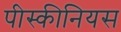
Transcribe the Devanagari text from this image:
पीस्कीनियस